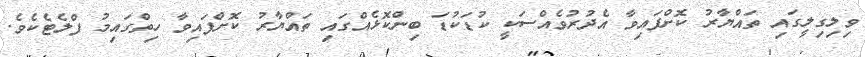
ވިލިގިލީގައި ތައްޔާރު ކޮށްފައިވާ އެދުރުވެއްސަކީ ކުޑަކުޑަ ބިންކޮޅެއްގައި ތައްޔާރު ކޮށްފައިވާ ހިތްގައިމު ފްލެޓެކެވެ.